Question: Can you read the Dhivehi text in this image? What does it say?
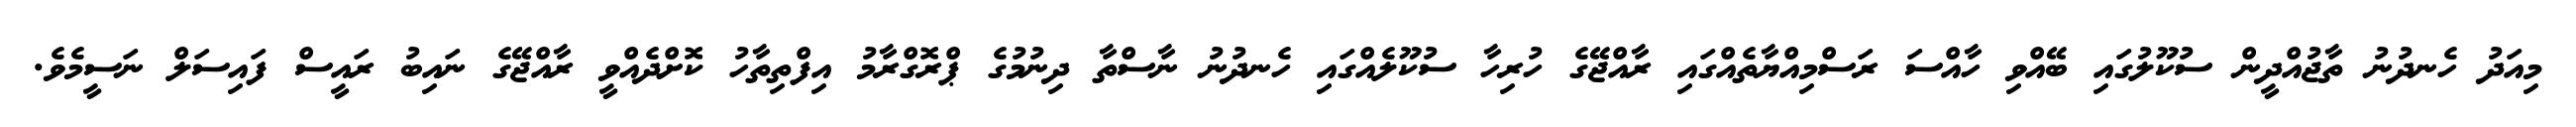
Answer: މިއަދު ހެނދުނު ތާޖުއްދީން ސުކޫލުގައި ބޭއްވި ހާއްސަ ރަސްމިއްޔާތެއްގައި ރާއްޖޭގެ ހުރިހާ ސުކޫލެއްގައި ހެނދުނު ނާސްތާ ދިނުމުގެ ޕްރޮގްރާމު އިފްތިތާހު ކޮށްދެއްވީ ރާއްޖޭގެ ނައިބު ރައީސް ފައިސަލް ނަސީމެވެ.